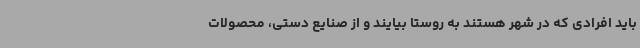
باید افرادی که در شهر هستند به روستا بیایند و از صنایع دستی، محصولات